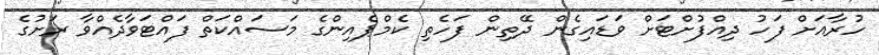
ހުރާއަށް ފަހު ދިއްފުށްޓަށް ވަޑައިގެން ދޭތިން ފަހެތި ކެމްޕެއިންގެ މަސައްކަތް ފައްޓަވާދެއްވާ ރަށުގެ